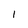
Character: t